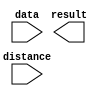
module ALU_SHIFT_LEFT (
	data,
	distance,
	result);

	input	[31:0]  data;
	input	[4:0]  distance;
	output	[31:0]  result;

endmodule